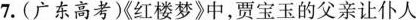
7.（广东高考）《红楼梦》中，贾宝玉的父亲让仆人